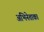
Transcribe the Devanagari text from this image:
अभिनेताका